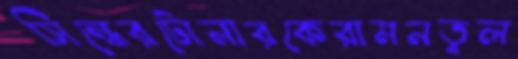
সিন্ধেরটোনারকেরামনতুল